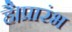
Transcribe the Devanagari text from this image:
है।प्रारंभ